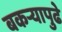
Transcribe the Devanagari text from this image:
बकऱ्यापुढे